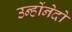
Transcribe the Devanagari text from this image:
उन्होंनेदो